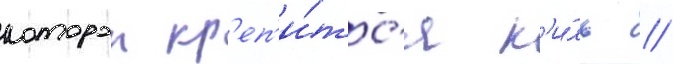
которои кр'еп'и́тс'я к'и́ль //